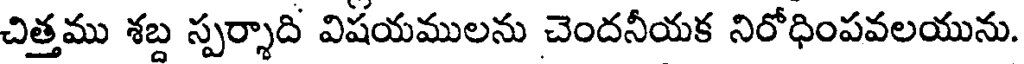
చిత్తము శబ్ద స్పర్శాది విషయములను చెందనీయక నిరోధింపవలయును.